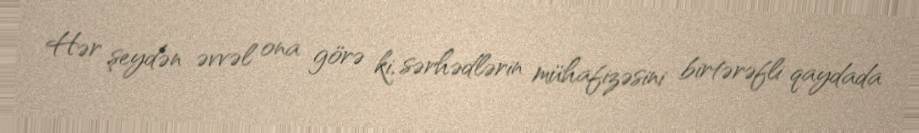
Hər şeydən əvvəl ona görə ki, sərhədlərin mühafizəsini birtərəfli qaydada